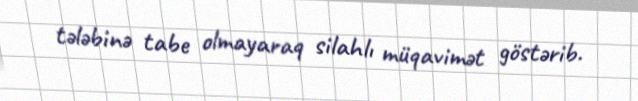
tələbinə tabe olmayaraq silahlı müqavimət göstərib.